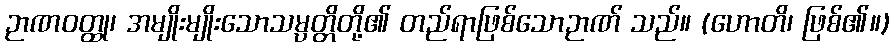
ဉာဏဝတ္ထု၊ အမျိုးမျိုးသောသမ္ပတ္တိတို့၏ တည်ရာဖြစ်သောဉာဏ် သည်။ (ဟောတိ၊ ဖြစ်၏။)